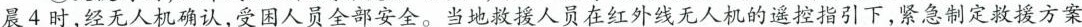
晨4时，经无人机确认，受困人员全部安全。当地救援人员在红外线无人机的遥控指引下，紧急制定救援方案